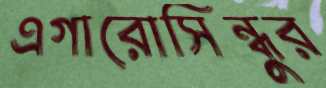
এগারোসিন্ধুর